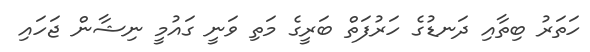
ހަތަރު ބިތާއި ދަނޑުގެ ހަރުފަތް ބަރީގެ މަތި ވަނީ ގައުމީ ނިޝާން ޖަހައި